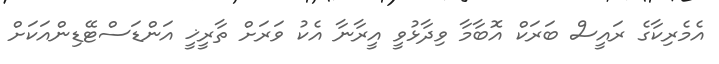
އެމެރިކާގެ ރައީސް ބަރަކް އޮބާމާ ވިދާޅުވީ އީރާނާ އެކު ވަރަށް ތާރީޚީ އަންޑަސްޓޭޑިންއަކަށް